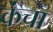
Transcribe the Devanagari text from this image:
कंचा